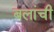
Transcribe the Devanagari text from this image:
बलांची